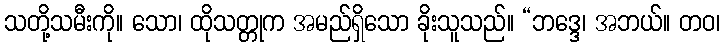
သတို့သမီးကို။ သော၊ ထိုသတ္တုက အမည်ရှိသော ခိုးသူသည်။ “ဘဒ္ဒေ၊ အဘယ်။ တဝ၊